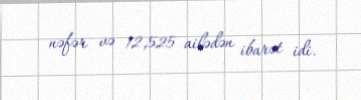
nəfər və 12,525 ailədən ibarət idi.